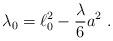
LaTeX: \begin{align*}\lambda_0=\ell_0^2-\frac{\lambda}{6}a^2\;.\end{align*}